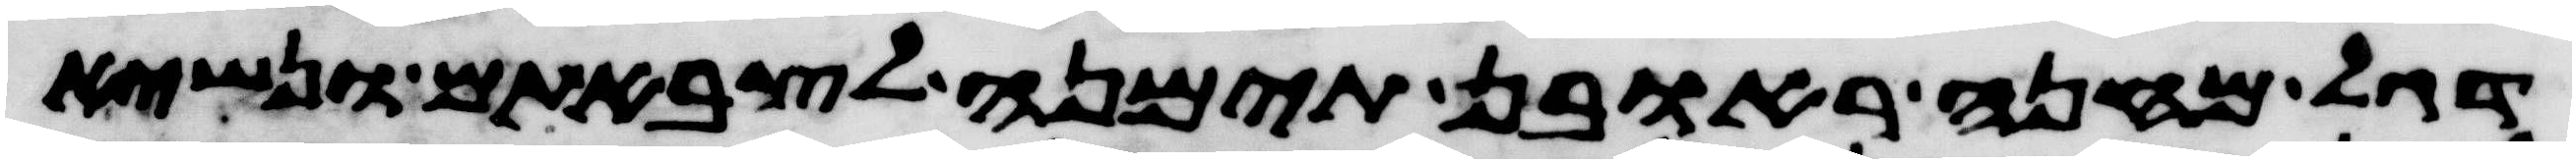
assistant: דגל מחנה ראובן תימנה לצבאתם ונשיא